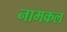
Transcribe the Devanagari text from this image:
नामकल